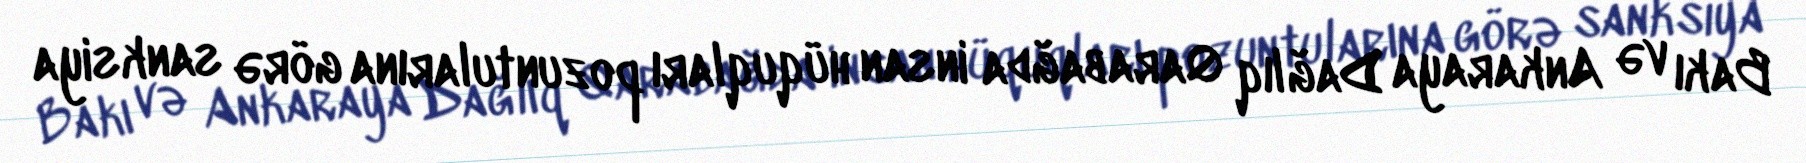
Bakı və Ankaraya Dağlıq Qarabağda insan hüquqları pozuntularına görə sanksiya